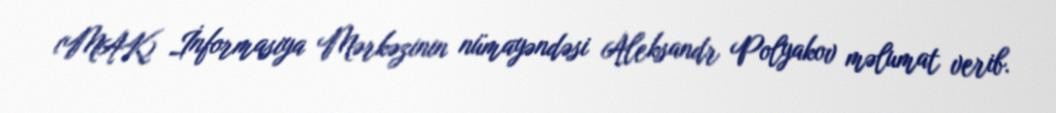
(MAK) İnformasiya Mərkəzinin nümayəndəsi Aleksandr Polyakov məlumat verib.